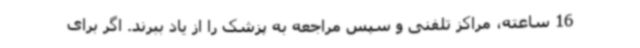
16 ساعته، مراکز تلفنی و سپس مراجعه به پزشک را از یاد ببرند. اگر برای